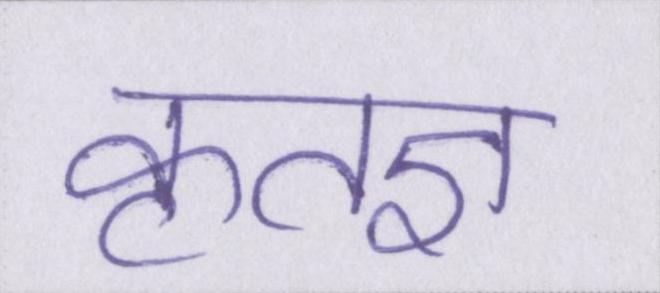
कृतज्ञ